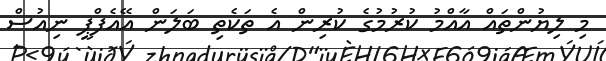
މި ލިޔުންތައް އާއްމު ކުރުމުގެ ކުރިން އެ ތަކެތި ބަލަން އޭއެފްޕީ ނިއުސް